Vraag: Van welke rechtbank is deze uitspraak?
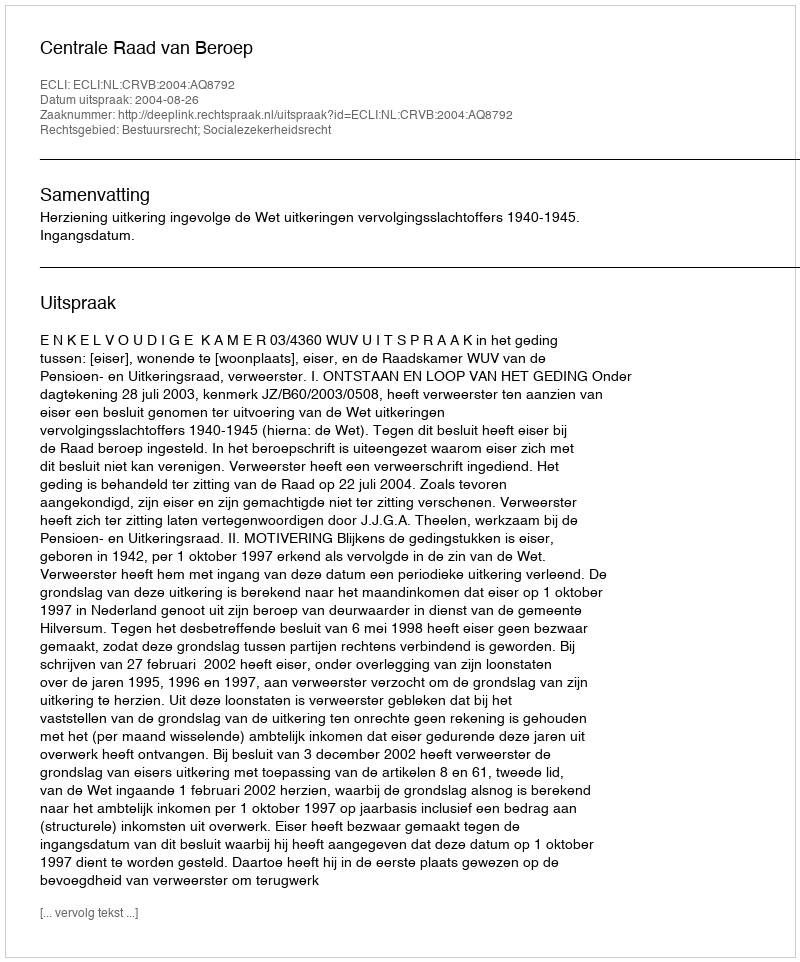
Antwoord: Centrale Raad van Beroep